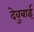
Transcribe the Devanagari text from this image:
देवुबाई